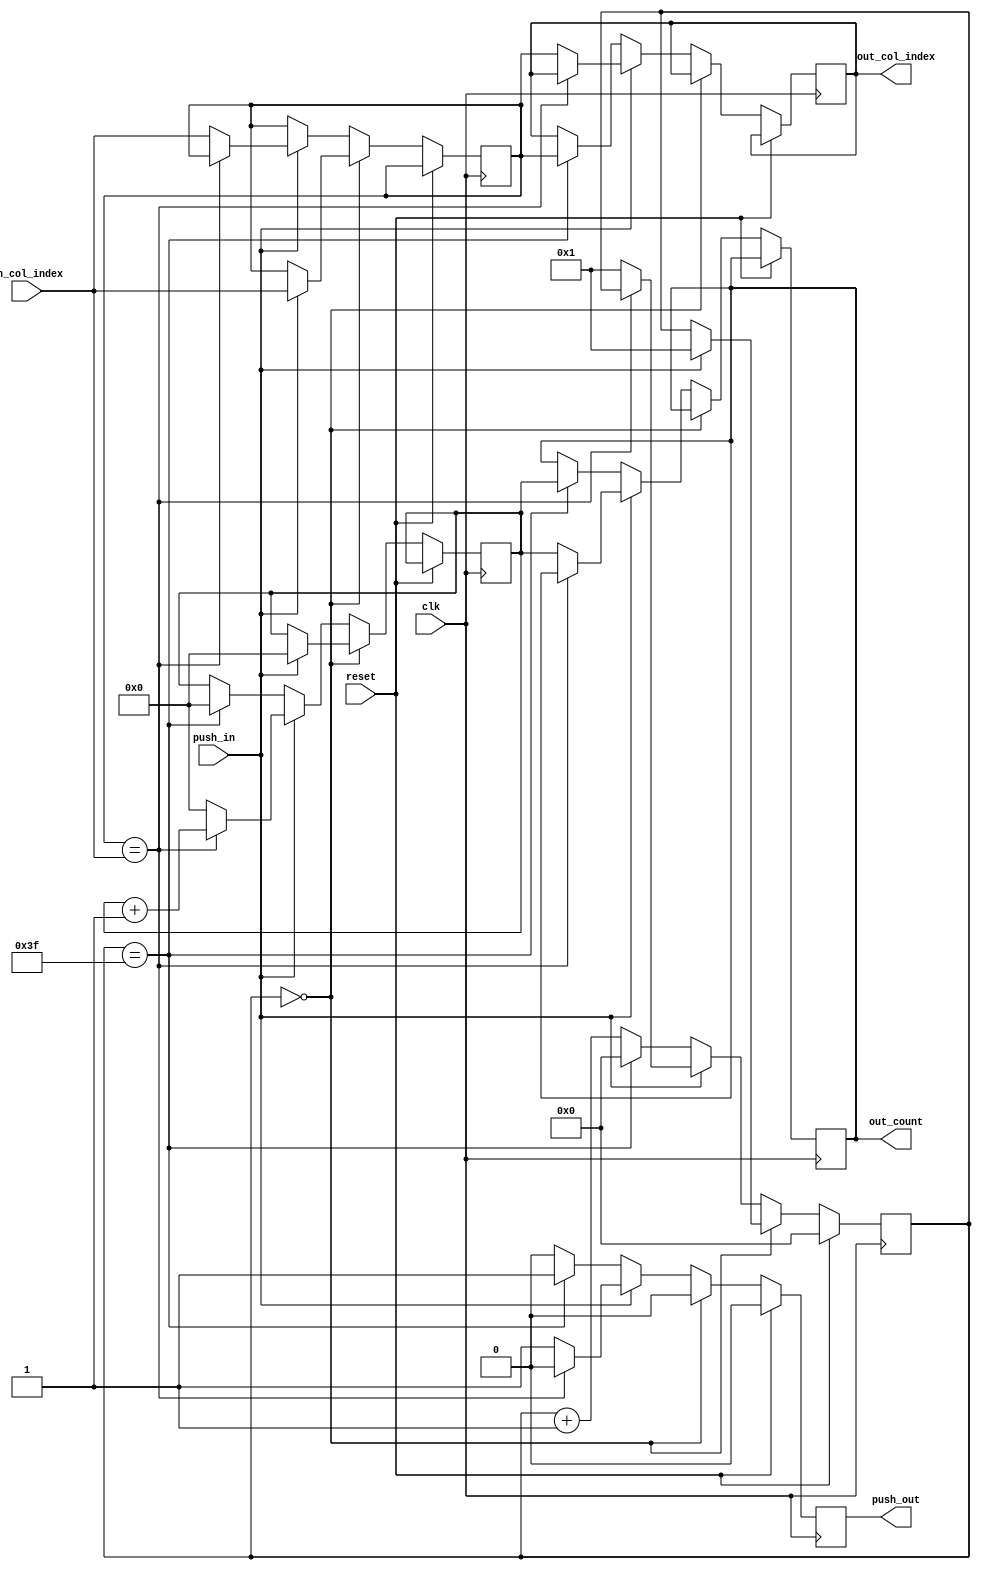
module column_counter(
    input reset,
    input clk,
    input push_in,
    output push_out,
    input [31:0] in_col_index,
    output [31:0] out_col_index,
    output [4:0] out_count
);
    reg r_push_out;
    reg [31:0] col_index;
    reg [4:0] counter;
    reg [5:0] timer;
    reg [4:0] r_out_count;
    reg [31:0] col_out_index;
    always @(posedge clk) begin
        if(reset) begin
            timer <= 0;
            r_push_out <= 0;
        end else begin
            r_push_out <= 0;
            if(timer == 0) begin
                if(push_in) begin
                    col_index <= in_col_index;
                    timer <= 1;
                    counter <= 0;
                end
            end else begin
                timer <= timer + 1;
                if(push_in) begin
                    if(col_index == in_col_index) begin
                        counter <= counter + 1;
                        timer <= timer;
                    end else begin
                        counter <= 0;
                        r_push_out <= 1;
                        r_out_count <= counter;
                        col_out_index <= col_index;
                        timer <= 1;
                        col_index <= in_col_index;
                    end
                end else if(timer == 6'H3F) begin
                    counter <= 0;
                    r_push_out <= 1;
                    r_out_count <= counter;
                    col_out_index <= col_index;
                    timer <= 0;
                end
            end
        end
    end
    assign push_out = r_push_out;
    assign out_col_index = col_out_index; 
    assign out_count = r_out_count;
endmodule